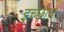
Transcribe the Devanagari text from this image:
इच्छाच